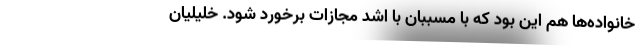
خانواده‌ها هم این بود که با مسببان با اشد مجازات برخورد شود. خلیلیان